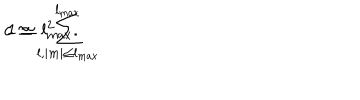
LaTeX: c \simeq \sum _ { l , | m | \le l _ { \mathrm { m a x } } } ^ { l _ { \mathrm { m a x } } } \hspace { - . 1 i n } 1 \simeq l _ { \mathrm { m a x } } ^ { 2 } .